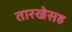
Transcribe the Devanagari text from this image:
तारखेसह